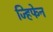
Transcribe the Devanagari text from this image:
ज्हिफेन